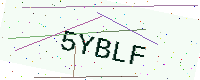
Text: 5YBLF